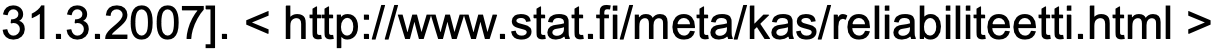
31.3.2007]. < http://www.stat.fi/meta/kas/reliabiliteetti.html >